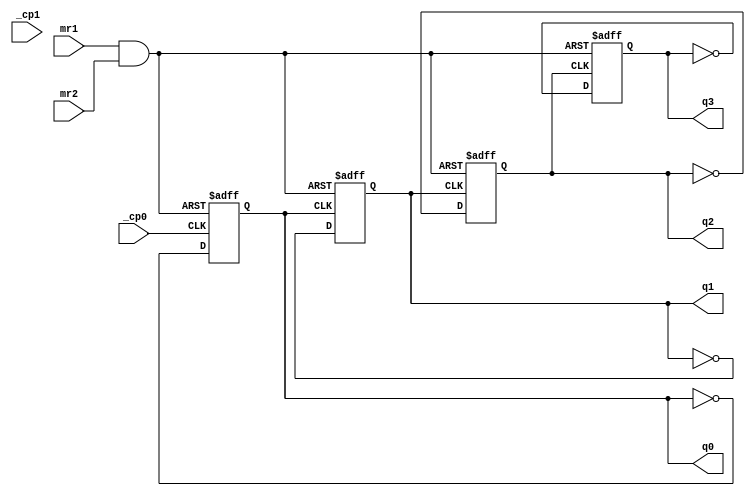
/*
  MIT License

  Copyright (c) 2019 Richard Eng

  Permission is hereby granted, free of charge, to any person obtaining a copy
  of this software and associated documentation files (the "Software"), to deal
  in the Software without restriction, including without limitation the rights
  to use, copy, modify, merge, publish, distribute, sublicense, and/or sell
  copies of the Software, and to permit persons to whom the Software is
  furnished to do so, subject to the following conditions:

  The above copyright notice and this permission notice shall be included in all
  copies or substantial portions of the Software.

  THE SOFTWARE IS PROVIDED "AS IS", WITHOUT WARRANTY OF ANY KIND, EXPRESS OR
  IMPLIED, INCLUDING BUT NOT LIMITED TO THE WARRANTIES OF MERCHANTABILITY,
  FITNESS FOR A PARTICULAR PURPOSE AND NONINFRINGEMENT. IN NO EVENT SHALL THE
  AUTHORS OR COPYRIGHT HOLDERS BE LIABLE FOR ANY CLAIM, DAMAGES OR OTHER
  LIABILITY, WHETHER IN AN ACTION OF CONTRACT, TORT OR OTHERWISE, ARISING FROM,
  OUT OF OR IN CONNECTION WITH THE SOFTWARE OR THE USE OR OTHER DEALINGS IN THE
  SOFTWARE.
*/

/*
  74LS93
  ------
  4-Bit Ripple Counter
  
  Pinout
  ------
          _______
         |       |
   _cp1 -| 1  14 |- _cp0
    mr1 -| 2  13 |- NC
    mr2 -| 3  12 |- q0
     NC -| 4  11 |- q3
    VCC -| 5  10 |- GND
     NC -| 6   9 |- q1
     NC -| 7   8 |- q2
         |_______|
*/
`default_nettype none

module ls93
(
    input wire  _cp0, /* verilator lint_off UNUSED */ _cp1 /* verilator lint_on UNUSED */, mr1, mr2,
    output reg  q0, q1, q2, q3
);

wire mr;
assign mr = (mr1 & mr2);

always @(negedge _cp0 or posedge mr) begin
    if (mr == 1'b1) begin
        q0 <= 1'b0;
    end else begin
        q0 <= ~q0;
    end
end

always @(negedge q0 or posedge mr) begin
    if (mr == 1'b1) begin
        q1 <= 1'b0;
    end else begin
        q1 <= ~q1;
    end
end

always @(negedge q1 or posedge mr) begin
    if (mr == 1'b1) begin
        q2 <= 1'b0;
    end else begin
        q2 <= ~q2;
    end
end

always @(negedge q2 or posedge mr) begin
    if (mr == 1'b1) begin
        q3 <= 1'b0;
    end else begin
        q3 <= ~q3;
    end
end

endmodule